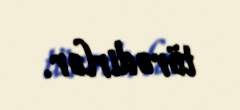
törədirlər.